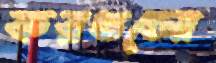
করগুলো